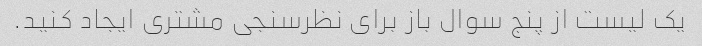
یک لیست از پنج سوال باز برای نظرسنجی مشتری ایجاد کنید.